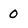
Character: 0